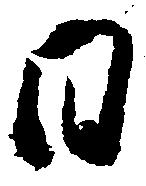
日